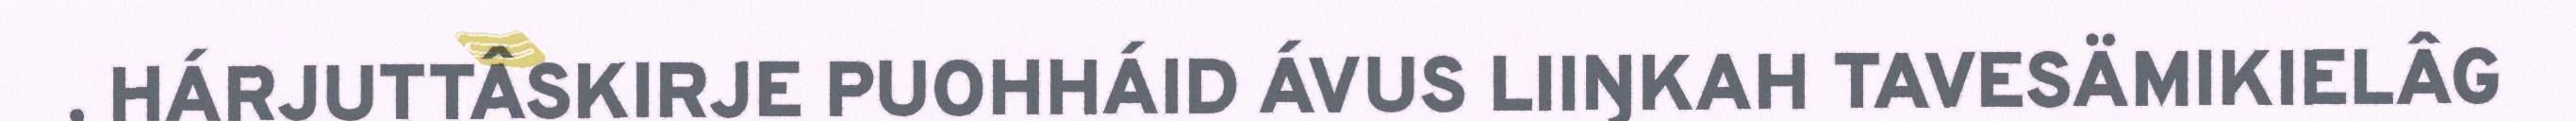
, HÁRJUTTÂSKIRJE PUOHHÁID ÁVUS LIIŊKAH TAVESÄMIKIELÂG